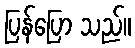
ပြန်ပြော သည်။